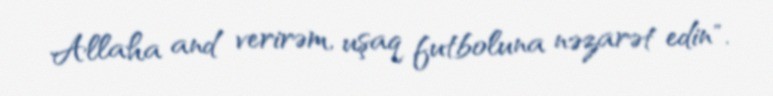
Allaha and verirəm, uşaq futboluna nəzarət edin".